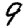
Digit: 9